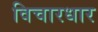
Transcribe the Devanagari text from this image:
विचारधार